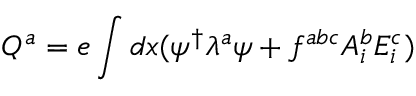
Q ^ { a } = e \int d x ( \psi ^ { \dagger } \lambda ^ { a } \psi + f ^ { a b c } A _ { i } ^ { b } E _ { i } ^ { c } )